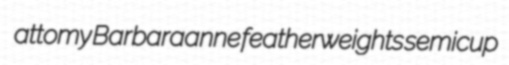
attomy Barbaraanne featherweights semicup